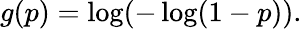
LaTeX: g(p)=\log(-\log(1-p)).